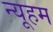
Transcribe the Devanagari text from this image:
न्यूहम